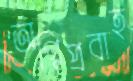
অগ্নিপ্রবাহ